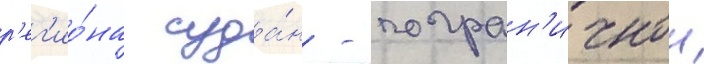
р'ег'ио́на суда́н - погран'ичнои